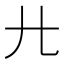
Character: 𢌬